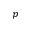
p